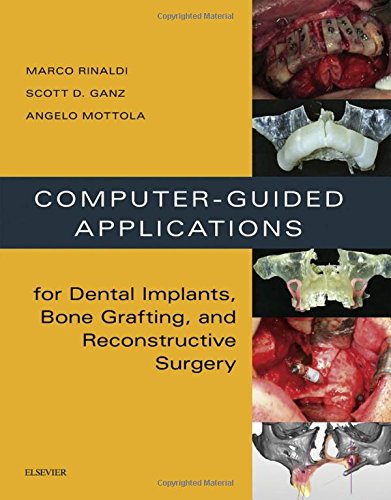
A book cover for Computer-Guided Applications for Dental Implants, Bone Grafting, and Reconstructive Surgery (adapted translation), 1e; Marco Rinaldi; Medical Books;